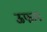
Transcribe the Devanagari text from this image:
ऊफान